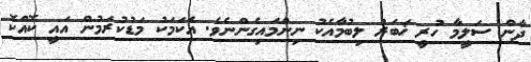
ދާން ސަލީމާ ހުރީ ޚަބަރު ލިބުމާއެކު ނިންމައިގެންނެވެ. އެކަމަކު މަޑުކުރަމުން އައީ ކޮއްކޮ